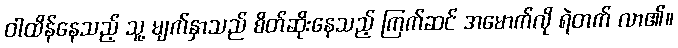
ဝါထိန်နေသည့် သူ့ မျက်နှာသည် စိတ်ဆိုးနေသည့် ကြက်ဆင် အမောက်လို ရဲတက် လာ၏။